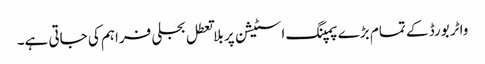
واٹر بورڈ کے تمام بڑے پمپنگ اسٹیشن پر بلا تعطل بجلی فراہم کی جاتی ہے۔